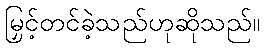
မြှင့်တင်ခဲ့သည်ဟုဆိုသည်။